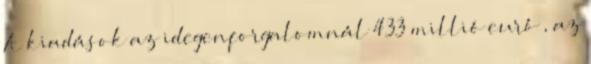
A kiadások az idegenforgalomnál 433 millió euró , az